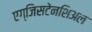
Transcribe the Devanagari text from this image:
एग्जिसटेनशिअल